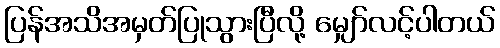
ပြန်အသိအမှတ်ပြုသွားပြီလို့ မျှော်လင့်ပါတယ်